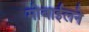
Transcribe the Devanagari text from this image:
मोबाईलने